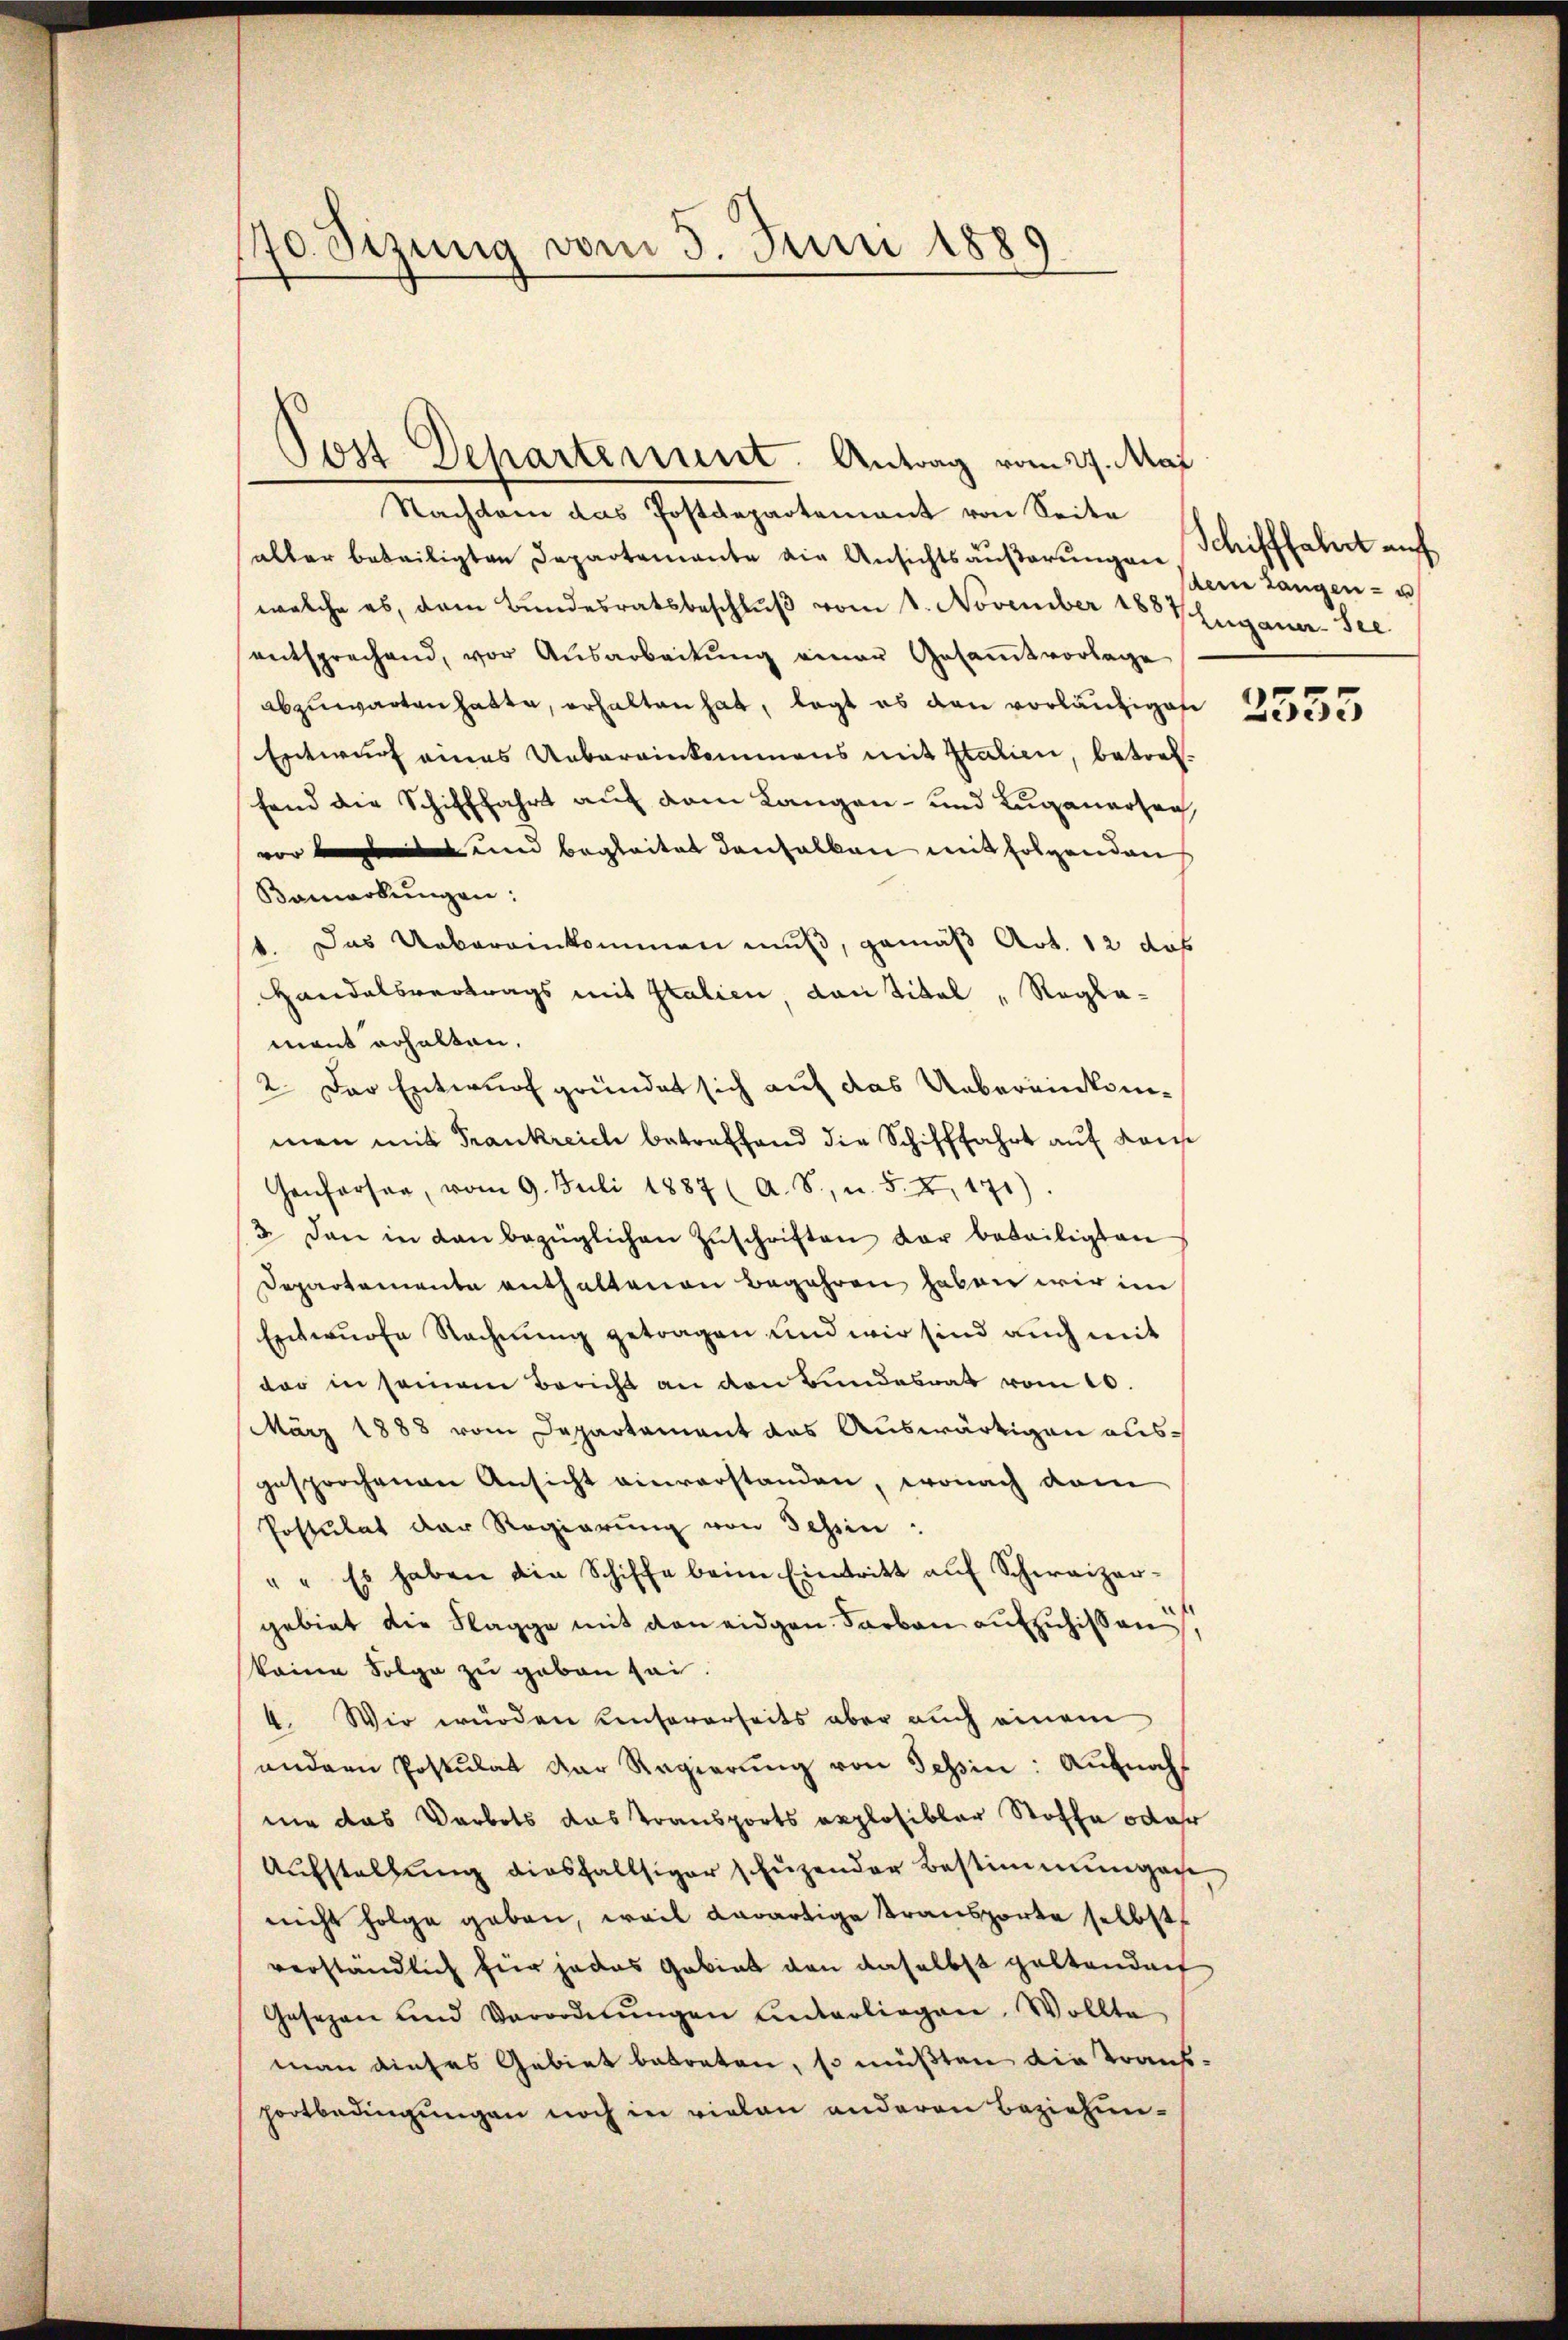
170 Sizung vom 5. Juni 1889.

Post Departement. Antrag vom 27. Mai
Nachdene das Postdepartement von Seite
aller beteiligten Departemente die Ansichtsäußerungen Schifffahrt auf
welche es, dem Bundesratsbeschlŭβ vom 1. November 1884 Euganer-See
entsprechend, vor Ausarbeitŭng einer Gesaṁtvorlage
abzuwarten hatte, erhalten hat, legt es den vorläufigen diese
Entwurf eines Uebereinkommens mit Italien, betreffend die Schifffahrt auf dem Langen- und Luganarten,
vor bei und begleitet danhalben mit folgenden
Bamarkungen:
1. Das Uebereinkommen muß, gemäß Art. 12 das
Handelsvertrags mit Italien, von Titel „Reglemant erhalten,
2. Der Entwurf gründet sich auf das Uebereinkommen mit Frankreich betreffend die Schifffahrt auf Kom
Genfersee, vom 9. Juli 1887 (A. S., u. 54, 171)
3. Den in dan bezüglichen Zŭschriften der beteiligten
Departemente enthaltenen Begehren haben wir im
Entwurfe Rechnung getragen und wir sind auch mit
der in seinem Bericht an den Bundesrat vom 10.
März 1888 vom Departament das Auswärtigen ausgesprochenen Ansicht einverstanden, wonach vom
Postulat der Regierung von Schein:
" " Es haben die Schiffe beim Eintritt auf Schweizer-
gebiet die Flagge mit den eidgen Farben aufzuhissen ist
kennen Folge zu geben sei.
4. Wir wurden unsererseits aber auch einem
andern Postulat der Regierŭng von Tessin: Aufnah
nie das Verbots das Transports explosibler Stoffe oder
Aufstellung diesfallsiger schuzender Bestimmungen
nicht folge geben, weil derartige Transporte selbst
verständlich für jedes Gebiet von daselbst galtendach
Gesezen und Verordnŭngen unterliegen. Wollte
man dieses Gebiet betreten, so müßten die Kaufportbedingungen noch in vielen anderen Beziehun-

sein Langen - u